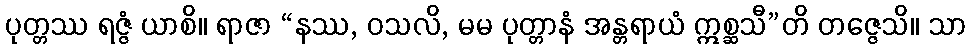
ပုတ္တဿ ရဇ္ဇံ ယာစိ။ ရာဇာ “နဿ, ဝသလိ, မမ ပုတ္တာနံ အန္တရာယံ ဣစ္ဆသီ”တိ တဇ္ဇေသိ။ သာ